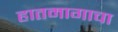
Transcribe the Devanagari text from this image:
हातमागाचा